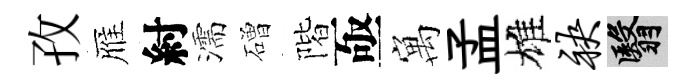
孜雁紂濡磳階亟寓孟雄袂翳